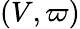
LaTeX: (V,\varpi)